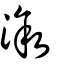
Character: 溆